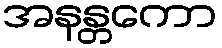
အနန္တကော